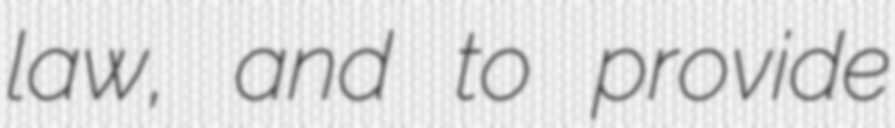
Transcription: law, and to provide